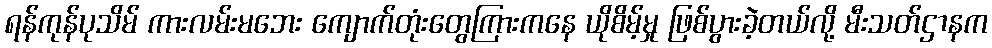
ရန်ကုန်ပုသိမ် ကားလမ်းမဘေး ကျောက်တုံးတွေကြားကနေ ယိုစိမ့်မှု ဖြစ်ပွားခဲ့တယ်လို့ မီးသတ်ဌာနက